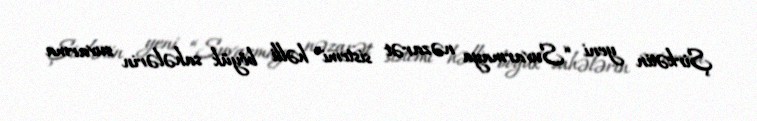
Şirkətin yeni “Suvarmaya nəzarət sistemi” həlli böyük sahələrin suvarma